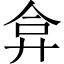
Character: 弇